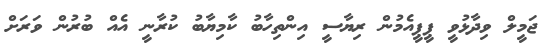
ޖަމީލް ވިދާޅުވީ ޕީޕީއެމުން ރިޔާސީ އިންތިހާބު ކާމިޔާބު ކުރާނީ އެއް ބުރުން ވަރަށް